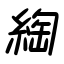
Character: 綯